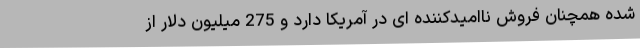
شده همچنان فروش ناامیدکننده ای در آمریکا دارد و 275 میلیون دلار از